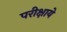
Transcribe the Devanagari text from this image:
परीक्षाये